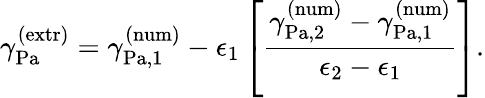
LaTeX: \gamma_{\mathrm{{Pa}}}^{\mathrm{{(extr)}}}=\gamma_{\mathrm{{Pa,1}}}^{\mathrm{{(num)}}}-\epsilon_{1}\left[\frac{\gamma_{\mathrm{{Pa,2}}}^{\mathrm{{(num)}}}-\gamma_{\mathrm{{Pa,1}}}^{\mathrm{{(num)}}}}{\epsilon_{2}-\epsilon_{1}}\right].